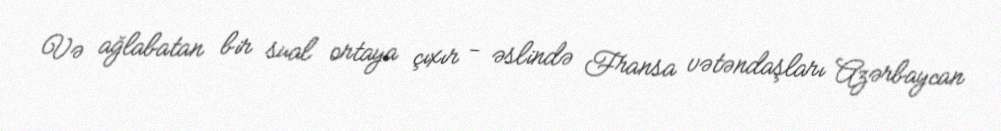
Və ağlabatan bir sual ortaya çıxır - əslində Fransa vətəndaşları Azərbaycan